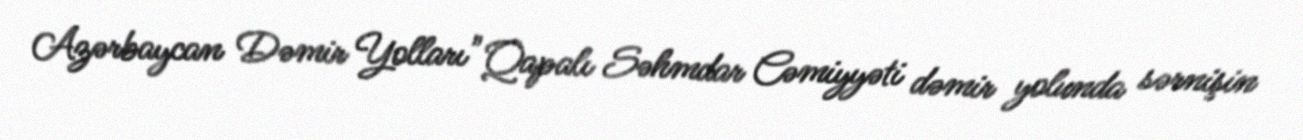
Azərbaycan Dəmir Yolları" Qapalı Səhmdar Cəmiyyəti dəmir yolunda sərnişin